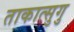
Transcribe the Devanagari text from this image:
ताकात्सुगु